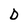
Character: D